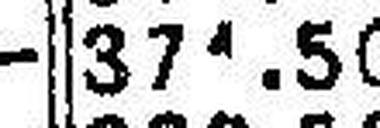
371.50